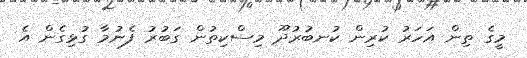
މީގެ ތިން އަހަރު ކުރިން ކުނބުރުދޫ މިސްކިތުން ގަބުރު ފެނުމާ ގުޅިގެން އެ